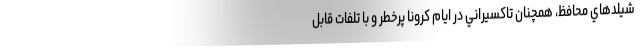
شيلدهاي محافظ، همچنان تاكسيراني در ايام كرونا پرخطر و با تلفات قابل‌